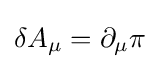
\delta A_{\mu }=\partial _{\mu }\pi